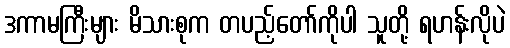
ဒကာမကြီးများ မိသားစုက တပည့်တော်ကိုပါ သူတို့ ရဟန်းလိုပဲ